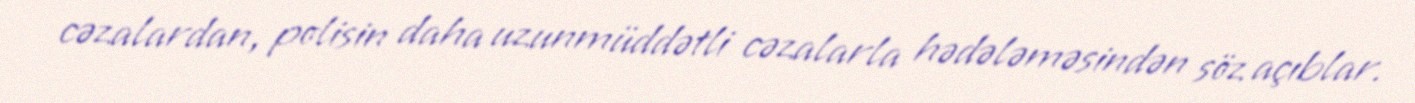
cəzalardan, polisin daha uzunmüddətli cəzalarla hədələməsindən söz açıblar.